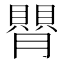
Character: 𦡺